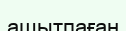
ашытпаған